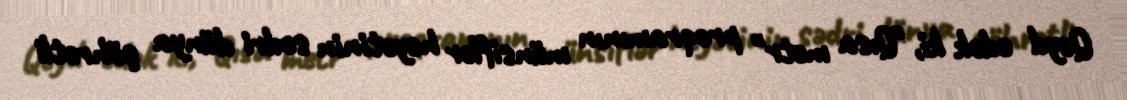
Qeyd edək ki, "Qısa metr" proqramının münsiflər heyətinin sədri dünya şöhrətli